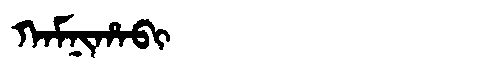
Manchu: ᡴᠠᠮᠨᡳᡥᠠᠪᡳ
Romanization: KAMNIHABI